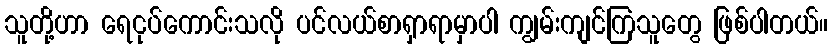
သူတို့ဟာ ရေငုပ်ကောင်းသလို ပင်လယ်စာရှာရာမှာပါ ကျွမ်းကျင်ကြသူတွေ ဖြစ်ပါတယ်။